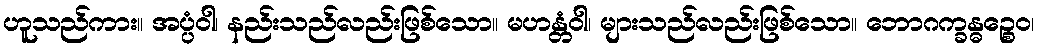
ဟူသည်ကား။ အပ္ပံဝါ၊ နည်းသည်လည်းဖြစ်သော။ မဟန္တံဝါ၊ များသည်လည်းဖြစ်သော။ ဘောဂက္ခန္ဓဉ္စေဝ၊